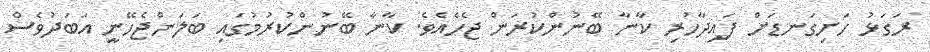
ރަގަޅު ހަށިގަނޑަށް ފައިދާހުރި ކާނާ ބޭނުންކުރަން ޖެހެއެވެ. ކާނާ ބޭނުންކުރުމުގައި ބަލަންޖެހޭނީ އަބަދުވެސް